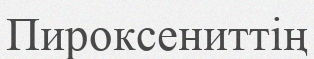
Пироксениттің